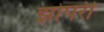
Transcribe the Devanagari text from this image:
झोपरी